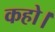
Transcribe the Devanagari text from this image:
कहो।